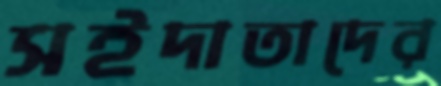
সইদাতাদের